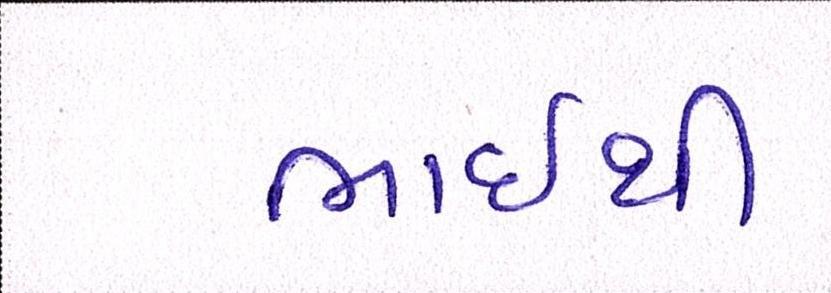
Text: ભાઇથી